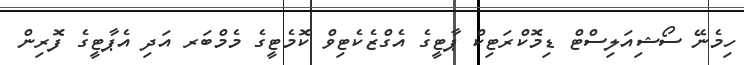
ހިމެނޭ ސޯޝިއަލިސްޓް ޑިމޮކްރަޓިކް ޕާޓީގެ އެގްޒެކެޓިވް ކޮމެޓީގެ މެމްބަރ އަދި އެޕާޓީގެ ފޮރިން